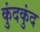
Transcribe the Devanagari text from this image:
कुंदकुंद